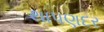
થાપણદર